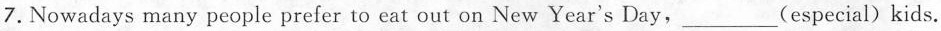
7. Nowadays many people prefer to eat out on New Year's Day, ___ (especial) kids.